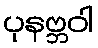
ပုနဗ္ဘဝါ